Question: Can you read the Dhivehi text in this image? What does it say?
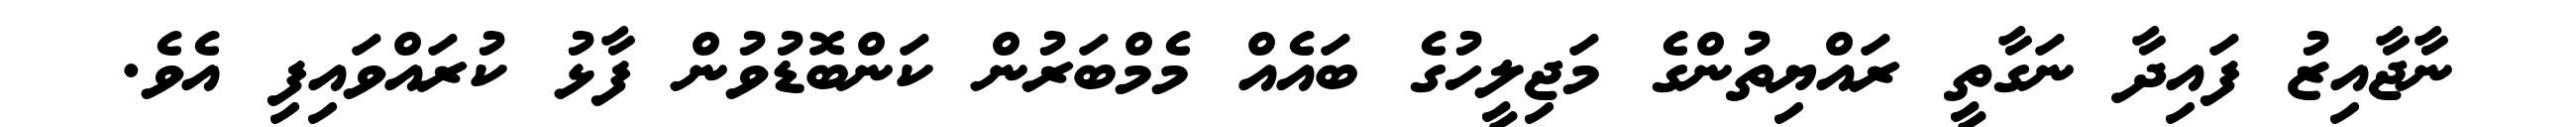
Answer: ނާޖާއިޒު ފައިދާ ނަގާތީ ރައްޔިތުންގެ މަޖިލީހުގެ ބައެއް މެމްބަރުން ކަންބޮޑުވުން ފާޅު ކުރައްވައިފި އެވެ.